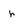
Character: r